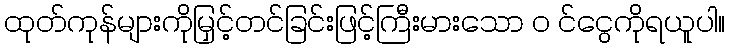
ထုတ်ကုန်များကိုမြှင့်တင်ခြင်းဖြင့်ကြီးမားသော ၀ င်ငွေကိုရယူပါ။